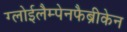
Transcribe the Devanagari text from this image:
ग्लोईलैम्पेनफैब्रीकेन